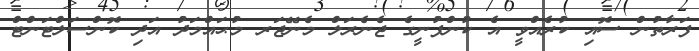
ފަރާތުން ސޮއި ކުރެއްވީ އެ ކުންފުނީގެ ޖެނެރަލް މެނޭޖަރ މުޙައްމަދު އަދި ކޮންސަލްޓަންޓް